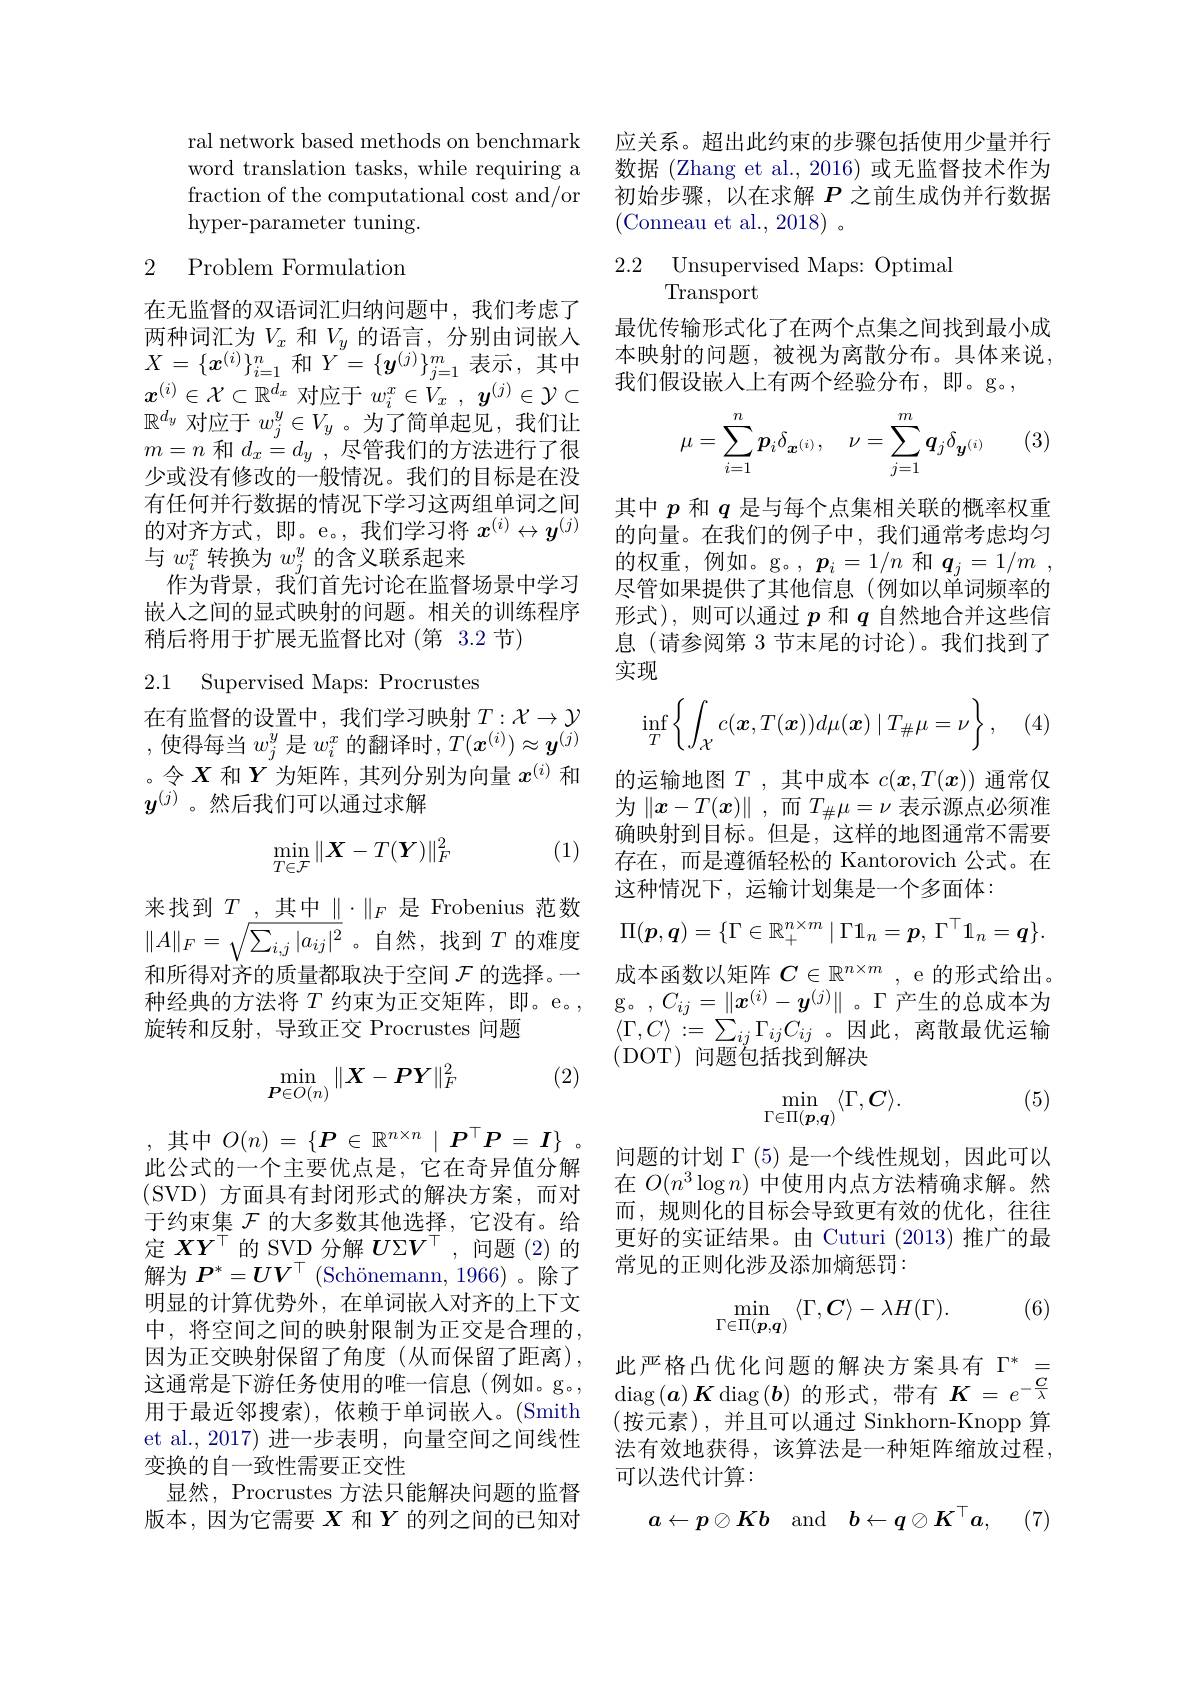
ral network based methods on benchmark word translation tasks, while requiring a fraction of the computational cost and/or hyper-parameter tuning.

### 2 Problem Formulation

在无监督的双语词汇归纳问题中，我们考虑了两种词汇为$V_x$ 和$V_y$ 的语言，分别由词嵌入$X=\{x^{(i)}\}_{i=1}^n$和$Y=\{\boldsymbol{y}^{(j)}\}_{j=1}^m$表示，其中$x^{(i)}\in\mathcal{X}\subset\mathbb{R}^{d_x}$对应于$w_i^x\in V_x$ , $y^{( j) }\in \mathcal{Y} \subset$ $\mathbb{R}^{d_y}$对应于$w_j^y\in V_y$ 。为了简单起见，我们让$m=n$和$d_x=d_y$,尽管我们的方法进行了很少或没有修改的一般情况。我们的目标是在没有任何并行数据的情况下学习这两组单词之间的对齐方式，即。e。,我们学习将$x^(i)\leftrightarrow y^{(j)}$ 与$w_i^x$转换为$w_j^y$的含义联系起来
作为背景，我们首先讨论在监督场景中学习嵌入之间的显式映射的问题。相关的训练程序稍后将用于扩展无监督比对(第3.2 节)

2.1 Supervised Maps: Procrustes

在有监督的设置中，我们学习映射$T:\mathcal{X}\to\mathcal{Y}$ ,使得每当$w_j^y$是$w_i^x$的翻译时$,T(\boldsymbol{x}^(i))\approx\boldsymbol{y}^(\bar{j})$ 。令$X$和$Y$为矩阵，其列分别为向量$x^{(i)}$和$y^{(j)}$。然后我们可以通过求解

(1)
$$\min\limits_{T\in\mathcal{F}}\|\boldsymbol{X}-T(\boldsymbol{Y})\|_F^2$$
来找到$T_{\underline{,\text{其中}\parallel}}\cdot\|_F$是Frobenius 范数$\|A\|_F=\sqrt{\sum_{i,j}|a_{ij}|^2}$。自然，找到$T$的难度和所得对齐的质量都取决于空间$\mathcal{F}$的选择。一旋转和反射，导致正交 Procrustes 问题

(2)
$$\min\limits_{\boldsymbol{P}\in O(n)}\|\boldsymbol{X}-\boldsymbol{P}\boldsymbol{Y}\|_F^2$$
,其中$O(n)=\{\boldsymbol{P}\in\mathbb{R}^{n\times n}\mid\boldsymbol{P}^{\top}\boldsymbol{P}=\boldsymbol{I}\}$。此公式的一个主要优点是，它在奇异值分解(SVD)方面具有封闭形式的解决方案，而对于约束集$\mathcal{F}$的大多数其他选择，它没有。给定$XY^\top$的 SVD 分解$U\Sigma V^\top$ ,问题 (2)的解为$P^*=UV^\top$ (Schönemann, 1966)。除了明显的计算优势外，在单词嵌人对齐的上下文中，将空间之间的映射限制为正交是合理的， 因为正交映射保留了角度(从而保留了距离), 这通常是下游任务使用的唯一信息(例如。g。, 用于最近邻搜索),依赖于单词嵌人。(Smith et al., 2017) 进一步表明，向量空间之间线性变换的自一致性需要正交性
显然，Procrustes 方法只能解决问题的监督版本，因为它需要$X$和$Y$的列之间的已知对

应关系。超出此约束的步骤包括使用少量并行数据 (Zhang et al.,2016)或无监督技术作为初始步骤，以在求解$P$之前生成伪并行数据(Conneau et al., 2018)。

2.2 Unsupervised Maps: Optimal
Transport

最优传输形式化了在两个点集之间找到最小成本映射的问题，被视为离散分布。具体来说， 我们假设嵌入上有两个经验分布，即。g。,

(3)
$$\mu=\sum_{i=1}^n\boldsymbol{p}_i\delta_{\boldsymbol{x}^{(i)}},\quad\nu=\sum_{j=1}^m\boldsymbol{q}_j\delta_{\boldsymbol{y}^{(i)}}$$
其中$p$和$q$是与每个点集相关联的概率权重的向量。在我们的例子中，我们通常考虑均匀的权重，例如。g。$,\boldsymbol p_i=1/n$ 和$\boldsymbol q_j=1/m$, 尽管如果提供了其他信息(例如以单词频率的形式),则可以通过$p$和$q$自然地合并这些信息(请参阅第 3 节末尾的讨论)。我们找到了实现

(4)
$$\inf\limits_{T}\left\{\int\limits_{\mathcal{X}}c(\boldsymbol{x},T(\boldsymbol{x}))d\mu(\boldsymbol{x})\mid T_{\#}\mu=\nu\right\},$$
的运输地图$T$ ,其中成本$c(x,T(x))$通常仅为$\|x-T(x)\|$,而$T_\#\mu=\nu$表示源点必须准确映射到目标。但是，这样的地图通常不需要存在，而是遵循轻松的 Kantorovich 公式。在这种情况下，运输计划集是一个多面体：
$$\Pi(\boldsymbol{p},\boldsymbol{q})=\{\Gamma\in\mathbb{R}_+^{n\times m}\mid\Gamma1_n=\boldsymbol{p},\:\Gamma^\top1_n=\boldsymbol{q}\}.$$
成本函数以矩阵$C\in\mathbb{R}^n\times m$ , e 的形式给出。
种经典的方法将$T$ 约束为正交矩阵，即。e。, g。$,C_ij=\|\boldsymbol{x}^{(i)}-\boldsymbol{y}^{(j)}\|$。$\Gamma$产生的总成本为
$\left\langle\Gamma,C\right\rangle:=\sum_{ij}\Gamma_{ij}C_{ij}$。因此，离散最优运输
(DOT)问题$\tilde{\text{包括找到解决}}$

(5)
$$\min_{\Gamma\in\Pi(\boldsymbol{p},\boldsymbol{q})}\langle\Gamma,\boldsymbol{C}\rangle.$$
问题的计划$\Gamma(5)$是一个线性规划，因此可以在$O(n^3\log n)$中使用内点方法精确求解。然而，规则化的目标会导致更有效的优化，往往更好的实证结果。由 Cuturi (2013)推广的最常见的正则化涉及添加熵惩罚：

(6)
$$\min_{\Gamma\in\Pi(\boldsymbol{p},\boldsymbol{q})}\langle\Gamma,C\rangle-\lambda H(\Gamma).$$
此严格凸优化问题的解决方案具有$\Gamma^*=$ $\operatorname{diag}(\boldsymbol{a})\boldsymbol{K}\operatorname{diag}(\boldsymbol{b})$ 的形式，带有$\boldsymbol K=e^-\frac C\lambda$ (按元素),并且可以通过 Sinkhorn-Knopp 算法有效地获得，该算法是一种矩阵缩放过程， 可以迭代计算：
$$a\leftarrow p\oslash Kb\quad\mathrm{and}\quad b\leftarrow q\oslash K^\top a,$$
(7)